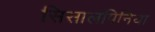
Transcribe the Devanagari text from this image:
सिसालपिनिया